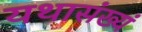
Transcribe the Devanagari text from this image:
यथासंख्यं